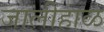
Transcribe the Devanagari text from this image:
जालीहाळ